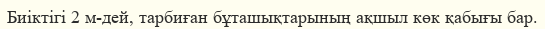
Биіктігі 2 м-дей, тарбиған бұташықтарының ақшыл көк қабығы бар.